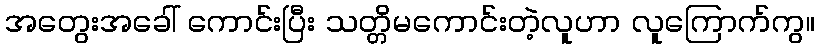
အတွေးအခေါ် ကောင်းပြီး သတ္တိမကောင်းတဲ့လူဟာ လူကြောက်ကွ။